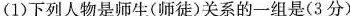
(1)下列人物是师生(师徒)关系的一组是(3分)